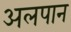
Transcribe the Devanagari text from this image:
अलपान